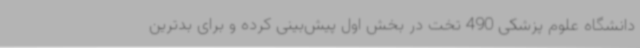
دانشگاه علوم پزشکی 490 تخت در بخش اول پیش‌بینی کرده و برای بدترین